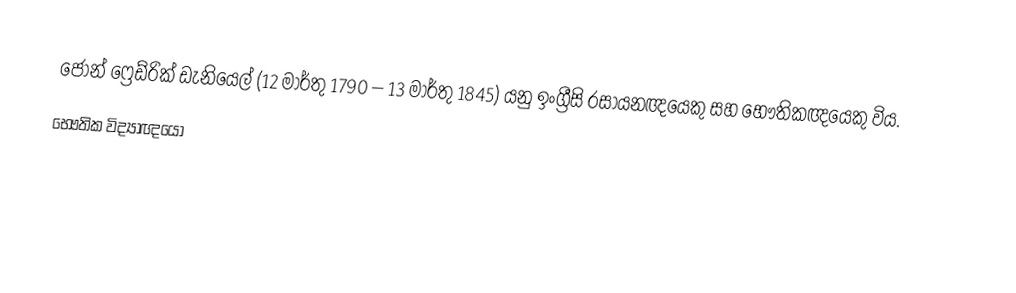
ජෝන් ෆ්‍රෙඩ්රික් ඩැනියෙල් (12 මාර්තු  1790 – 13 මාර්තු  1845) යනු  ඉංග්‍රීසි රසායනඥයෙකු සහ භෞතිකඥයෙකු විය.
භෞතික විද්‍යාඥයෝ